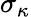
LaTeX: \sigma_{\kappa}